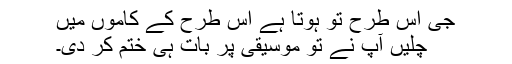
جی اس طرح تو ہوتا ہے اس طرح کے کاموں میں
چلیں آپ نے تو موسیقی پر بات ہی ختم کر دی۔